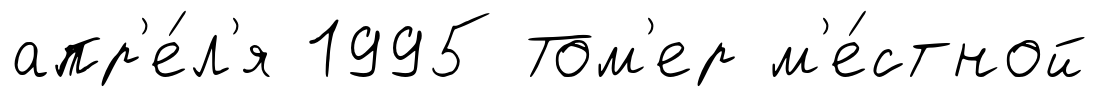
апр'е́л'я 1995 Том'ер м'е́стной